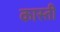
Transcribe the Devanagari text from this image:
कास्ती